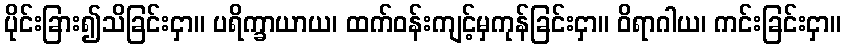
ပိုင်းခြား၍သိခြင်းငှာ။ ပရိက္ခာယာယ၊ ထက်ဝန်းကျင့်မှကုန်ခြင်းငှာ။ ဝိရာဂါယ၊ ကင်းခြင်းငှာ။